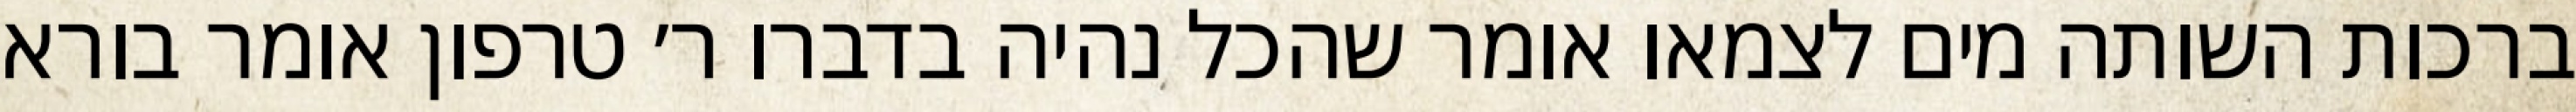
ברכות השותה מים לצמאו אומר שהכל נהיה בדברו ר׳ טרפון אומר בורא